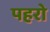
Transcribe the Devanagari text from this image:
पहरो